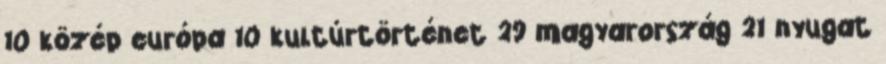
10 közép európa 10 kultúrtörténet 29 magyarország 21 nyugat